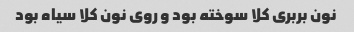
نون بربری کلا سوخته بود و روی نون کلا سیاه بود